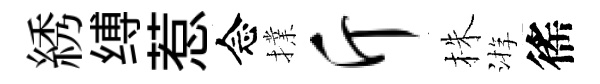
綉缚惹念擈斤株㳺徭